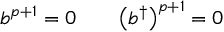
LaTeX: b ^ { p + 1 } = 0 \qquad \bigl ( b ^ { \dagger } \bigr ) ^ { p + 1 } = 0